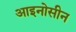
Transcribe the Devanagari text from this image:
आइनोसीन